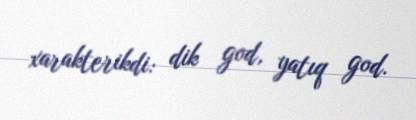
xarakterikdi: dik god, yatıq god.